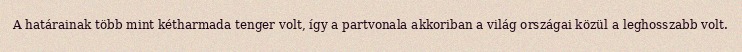
A határainak több mint kétharmada tenger volt, így a partvonala akkoriban a világ országai közül a leghosszabb volt.